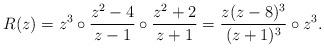
LaTeX: \begin{align*}R(z)=z^3\circ \frac{z^2-4}{z-1}\circ\frac{z^2+2}{z+1}=\frac{z(z-8)^3}{(z+1)^3}\circ z^3.\end{align*}